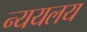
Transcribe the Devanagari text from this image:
न्ययलय